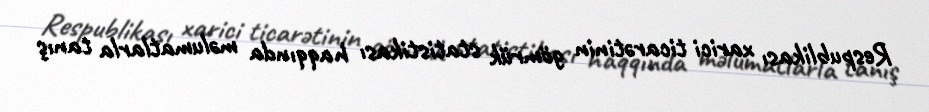
Respublikası xarici ticarətinin gömrük statistikası haqqında məlumatlarla tanış